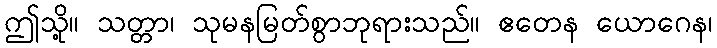
ဤသို့။ သတ္တာ၊ သုမနမြတ်စွာဘုရားသည်။ ဧတေန ယောဂေန၊